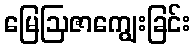
မြေဩဇာကျွေးခြင်း